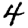
Digit: 4